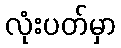
လုံးပတ်မှာ